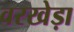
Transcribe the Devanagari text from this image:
वरखेड़ा